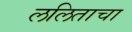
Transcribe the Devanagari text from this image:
ललिताचा